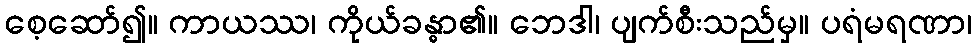
စေ့ဆော်၍။ ကာယဿ၊ ကိုယ်ခန္ဓာ၏။ ဘေဒါ၊ ပျက်စီးသည်မှ။ ပရံမရဏာ၊